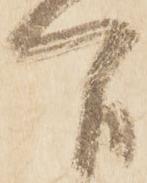
間